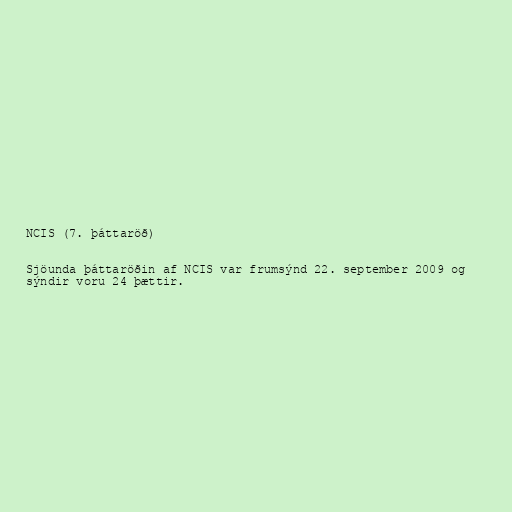
NCIS (7. þáttaröð)

Sjöunda þáttaröðin af NCIS var frumsýnd 22. september 2009 og
sýndir voru 24 þættir.